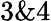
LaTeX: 3\& 4